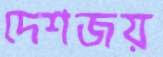
দেশজয়